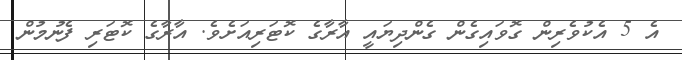
އެ 5 އެކުވެރިން ގޮވައިގެން ގެންދިޔައީ އާރާގެ ކޮޓަރިއަށެވެ. އާރާގެ ކޮޓަރި ފެނުމުން